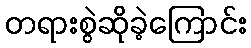
တရားစွဲဆိုခဲ့ကြောင်း